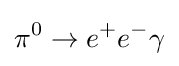
\pi ^{0}\to e^{+}e^{-}\gamma